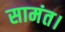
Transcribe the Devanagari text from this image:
सामंत।